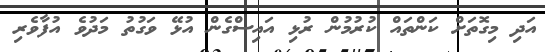
އަދި މިގޮތަށް ކަންތައް ކުރުމުން ރުޅި އައިސްގެން އުޅޭ ވަގުތު މަދުވެ އުފާވެރި